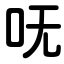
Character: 呒